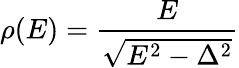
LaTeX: \rho(E)=\frac{E}{\sqrt{E^{2}-\Delta^{2}}}